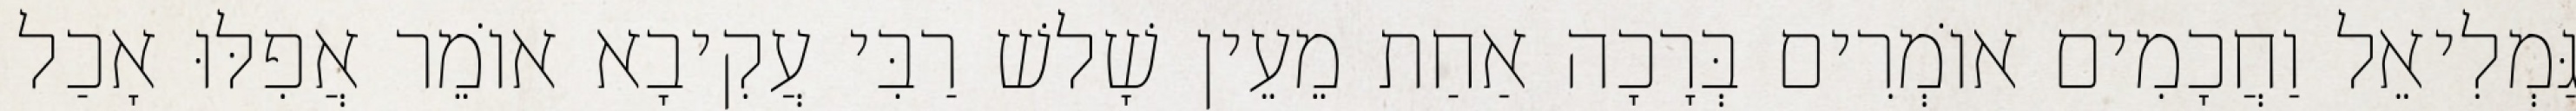
גַּמְלִיאֵל וַחֲכָמִים אוֹמְרִים בְּרָכָה אַחַת מֵעֵין שָׁלשׁ רַבִּי עֲקִיבָא אוֹמֵר אֲפִלּוּ אָכַל